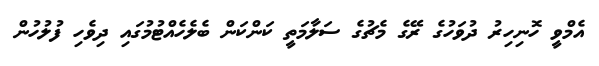
އެމްވީ ހޮނިހިރު ދުވަހުގެ ރޭގެ މެޗުގެ ސަލާމަތީ ކަންކަން ބެލެހެއްޓުމުގައި ދިވެހި ފުލުހުން